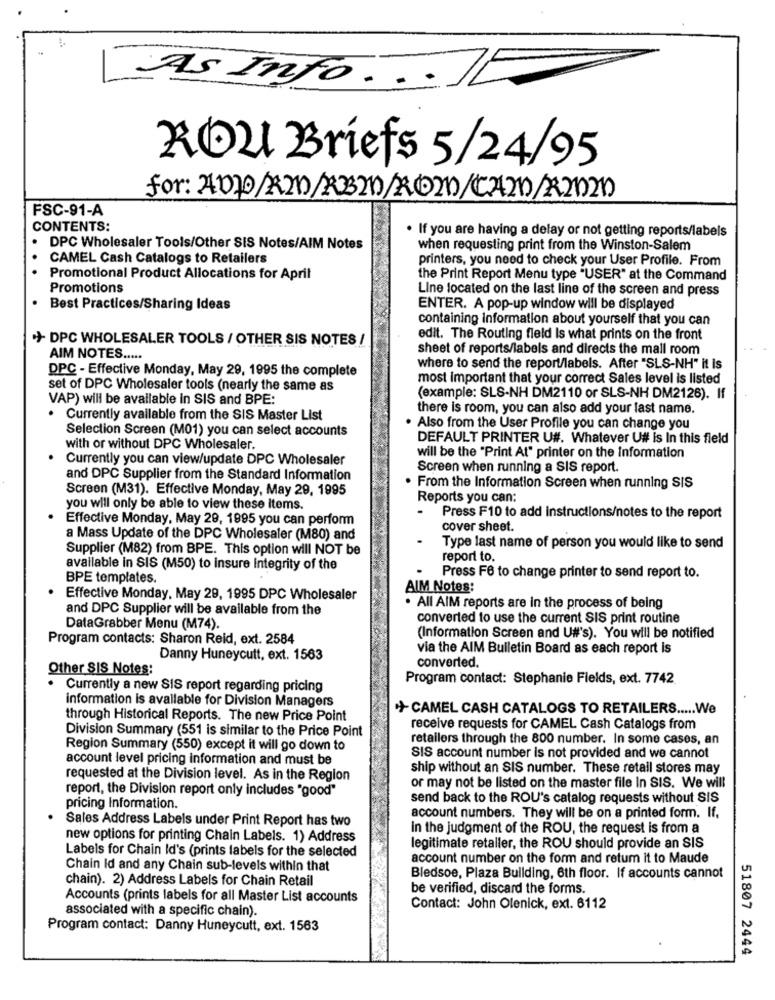
As Info ....
ROu Briefs 5/24/95
FSC-91-A
CONTENTS:
. If you are having a delay or not getting reports/labels
DPC Wholesaler Tools/Other SIS Notes/AIM Notes
when requesting print from the Winston-Salem
CAMEL Cash Catalogs to Retailers
printers, you need to check your User Profile. From
Promotional Product Allocations for April
the Print Report Menu type "USER" at the Command
Promotions
Line located on the last line of the screen and press
Best Practices/Sharing Ideas
ENTER. A pop-up window will be displayed
containing information about yourself that you can
+ DPC WHOLESALER TOOLS / OTHER SIS NOTES /
edit. The Routing field Is what prints on the front
sheet of reports/labels and directs the mall room
AIM NOTES .....
DPC - Effective Monday, May 29, 1995 the complete
where to send the report/labels. After "SLS-NH" it Is
most important that your correct Sales level is listed
set of DPC Wholesaler tools (nearly the same as
VAP) will be available in SIS and BPE:
(example: SLS-NH DM2110 or SLS-NH DM2126). If
there is room, you can also add your last name.
. Currently available from the SIS Master List
Selection Screen (M01) you can select accounts
Also from the User Profile you can change you
DEFAULT PRINTER U#. Whatever U# is In this field
with or without DPC Wholesaler
Currently you can view/update DPC Wholesaler
will be the "Print At" printer on the Information
Screen when running a SIS report.
and DPC Supplier from the Standard Information
Screen (M31). Effective Monday, May 29, 1995
. From the Information Screen when running SIS
Reports you can:
you will only be able to view these items.
-
Effective Monday, May 29, 1995 you can perform
Press F10 to add instructions/notes to the report
cover sheet.
a Mass Update of the DPC Wholesaler (M80) and
Supplier (M82) from BPE. This option will NOT be
Type last name of person you would like to send
report to.
available in SIS (M50) to insure Integrity of the
.
BPE templates.
Press F6 to change printer to send report to.
AIM Notes:
Effective Monday, May 29, 1995 DPC Wholesaler
and DPC Supplier will be available from the
. All AIM reports are in the process of being
converted to use the current SIS print routine
DataGrabber Menu (M74).
Program contacts: Sharon Reid, ext. 2584
(Information Screen and U#'s). You will be notified
via the AIM Bulletin Board as each report is
Danny Huneycutt, ext. 1563
converted.
Other SIS Notes:
Program contact: Stephanie Fields, ext. 7742
.
Currently a new SIS report regarding pricing
information is available for Division Managers
+CAMEL CASH CATALOGS TO RETAILERS ..... We
through Historical Reports. The new Price Point
Division Summary (551 is similar to the Price Point
receive requests for CAMEL Cash Catalogs from
retailers through the 800 number. In some cases, an
Region Summary (550) except it will go down to
account level pricing information and must be
SIS account number is not provided and we cannot
ship without an SIS number. These retail stores may
requested at the Division level. As in the Region
report, the Division report only includes "good"
or may not be listed on the master file In SIS. We will
send back to the ROU's catalog requests without SIS
pricing Information.
Sales Address Labels under Print Report has two
account numbers. They will be on a printed form. If.
In the judgment of the ROU, the request is from a
new options for printing Chain Labels. 1) Address
legitimate retaller, the ROU should provide an SIS
Labels for Chain Id's (prints labels for the selected
account number on the form and retum it to Maude
Chain Id and any Chain sub-levels within that
chain). 2) Address Labels for Chain Retail
Bledsoe, Plaza Building, 6th floor. If accounts cannot
be verified, discard the forms.
Accounts (prints labels for all Master List accounts
associated with a specific chain).
Contact: John Olenick, ext. 6112
Program contact: Danny Huneycutt, ext. 1563
51807 2444